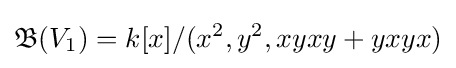
{\mathfrak {B}}(V_{1})=k[x]/(x^{2},y^{2},xyxy+yxyx)